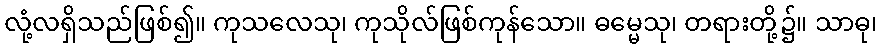
လုံ့လရှိသည်ဖြစ်၍။ ကုသလေသု၊ ကုသိုလ်ဖြစ်ကုန်သော။ ဓမ္မေသု၊ တရားတို့၌။ သာဓု၊